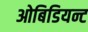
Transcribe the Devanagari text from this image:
ओबिडियन्ट